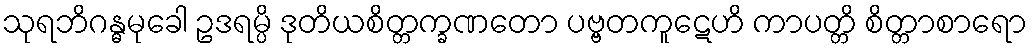
သုရဘိဂန္ဓမုခေါ ဥဒရမ္ပိ ဒုတိယစိတ္တက္ခဏတော ပဗ္ဗတကူဋေဟိ ကာပတ္တိ စိတ္တာစာရော